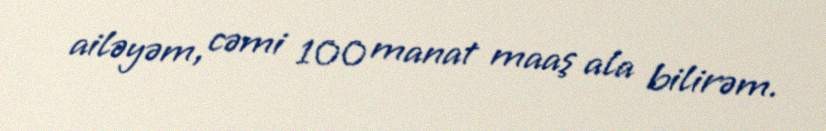
ailəyəm, cəmi 100 manat maaş ala bilirəm.